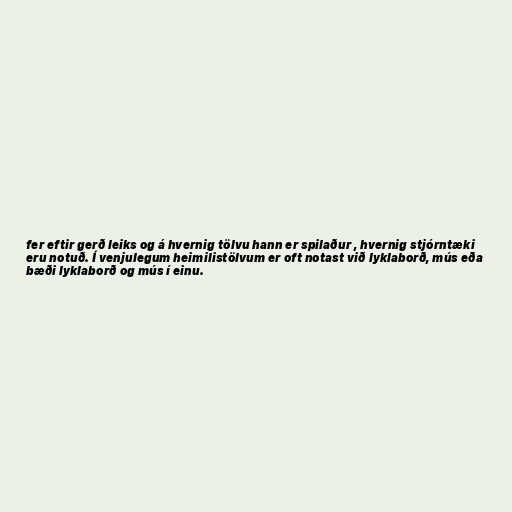
fer eftir gerð leiks og á hvernig tölvu hann er spilaður , hvernig stjórntæki
eru notuð. Í venjulegum heimilistölvum er oft notast við lyklaborð, mús eða
bæði lyklaborð og mús í einu.